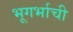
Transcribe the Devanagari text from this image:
भूगर्भाची